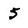
Character: 5